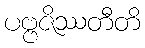
ပဗ္ဗဇိဿတီတိ